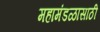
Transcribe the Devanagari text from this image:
महामंडळासाठी